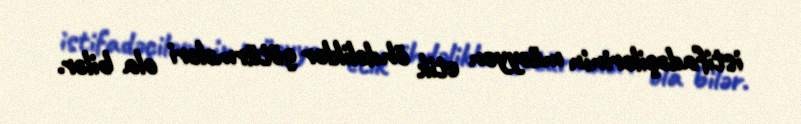
istifadəçilərinin müəyyən etik öhdəliklər götürmələri ola bilər.